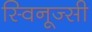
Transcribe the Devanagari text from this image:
स्विनूज्सी